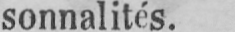
sonnalités.